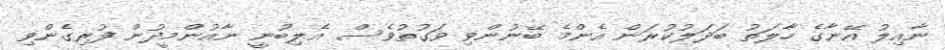
ނާއިލު އޭނާގެ ހާލަތު ބަދަލުކުރަން އެންމެ ބޭނުންވި ވަގުތުވެސް އެލިބުނީ ނާއުންމީދުން ފުރިގެންވި